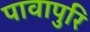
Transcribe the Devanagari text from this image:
पावापुरि